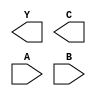
module HALF_ADDER(Y,C,A,B);
output Y,C;
input A,B;

// TBD

endmodule